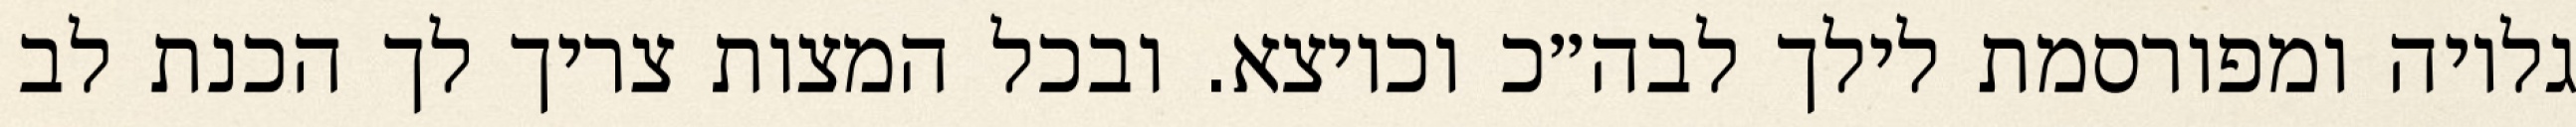
גלויה ומפורסמת לילך לבה״כ וכיוצא. ובכל המצות צריך לך הכנת לב